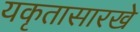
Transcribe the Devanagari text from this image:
यकृतासारखे